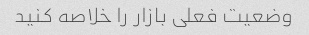
وضعیت فعلی بازار را خلاصه کنید